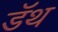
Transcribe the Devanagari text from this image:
डॅथ